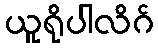
ယူရိုပါလိဂ်